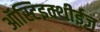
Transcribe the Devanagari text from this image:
ऑस्टिइक्थीईज़